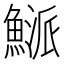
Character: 𩹘